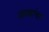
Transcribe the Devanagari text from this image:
श्राद्धांचा